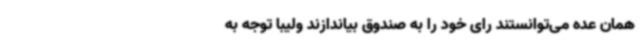
همان عده می‌توانستند رای خود را به صندوق بیاندازند ولیبا توجه به